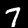
Digit: 7